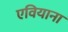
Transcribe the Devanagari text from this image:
एवियाना